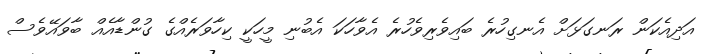
އަދިއެކަން ރަނގަޅަށް އެނގިހުރެ ބައިވެރިވެހުރެ އެވާހަކަ އެބުނި މީހަކީ ކިހާވަރެއްގެ ގުންޑާއެއް ބާވައޭވެސް